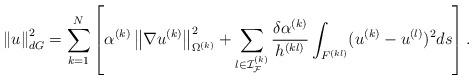
LaTeX: \begin{align*} \left\|u\right\|_{dG}^2 = \sum_{k = 1}^N\left[\alpha^{(k)} \left\|\nabla u^{(k)}\right\|_{\Omega^{(k)}}^2 + \sum_{l\in{\mathcal{I}}_{\mathcal{F}}^{(k)}} \frac{\delta \alpha^{(k)}}{h^{(kl)}}\int_{F^{(kl)}} (u^{(k)} - u^{(l)})^2 ds\right].\end{align*}